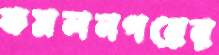
কমলনগরের